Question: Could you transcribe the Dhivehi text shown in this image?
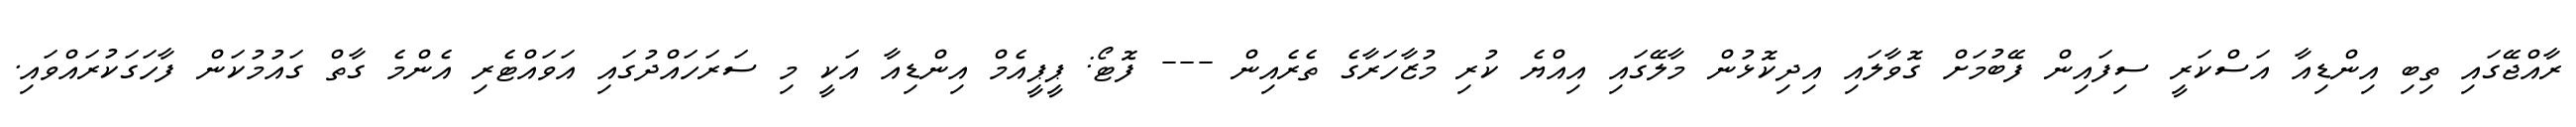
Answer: ރާއްޖޭގައި ތިބި އިންޑިއާ އަސްކަރީ ސިފައިން ފޭބުމަށް ގޮވާލައި އިދިކޮޅުން މާލޭގައި އިއްޔެ ކުރި މުޒާހަރާގެ ތެރެއިން --- ފޮޓޯ: ޕީޕީއެމް އިންޑިއާ އަކީ މި ސަރަހައްދުގައި އަވައްޓެރި އެންމެ ގާތް ގައުމުކަން ފާހަގަކުރައްވައި.